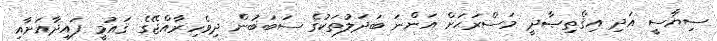
ސިޔާސީ އަދި އިޤްތިޞާދީ މަސްރަޙަށް އަންނަ ބަދަލުތަކުގެ ސަބަބުން ދިވެހިރާއްޖޭގެ ޤައުމީ ފައިދާއަށާއި